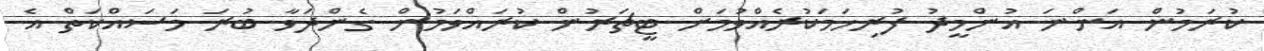
ކުރަމުން އަންނަ އުންމީދު ފުރިހަމަކުރެއްވުމަށް ޓީޗަރުން ކުރައްވަމުން ގެންދަވާ ބުރަ މަސައްކަތް އެ